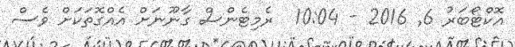
އޮކްޓޯބަރު 6